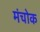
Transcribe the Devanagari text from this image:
मंचोक